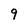
Character: 9